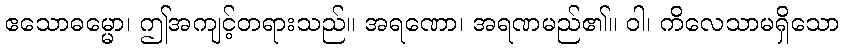
ဧသောဓမ္မော၊ ဤအကျင့်တရားသည်။ အရဏော၊ အရဏမည်၏။ ဝါ၊ ကိလေသာမရှိသော